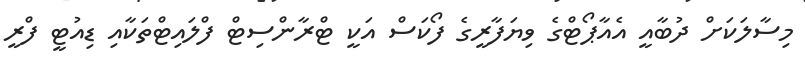
މިސާލަކަށް ދުބާއީ އެއާޕޯޓްގެ ވިޔަފާރީގެ ފޯކަސް އަކީ ޓްރާންސިޓް ފްލައިޓްތަކާއި ޑިއުޓީ ފްރީ